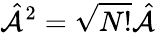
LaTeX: \hat{\mathcal{A}}^{2}=\sqrt{N!}\hat{\mathcal{A}}